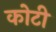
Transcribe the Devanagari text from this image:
काेटी